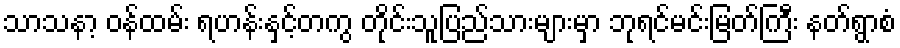
သာသနာ့ ဝန်ထမ်း ရဟန်းနှင့်တကွ တိုင်းသူပြည်သားများမှာ ဘုရင်မင်းမြတ်ကြီး နတ်ရွာစံ